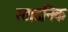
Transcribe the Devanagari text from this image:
स्तादनिक